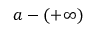
a - ( + \infty )